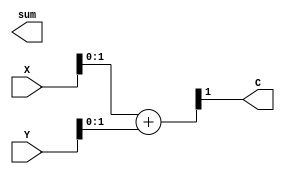
//
module add_4(X,Y,sum,C);
input[3:0] X,Y;
output[3:0] sum;
output C;

assign {C,Sum} = X + Y;

endmodule